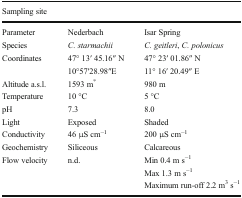
<table><thead><tr><td colspan="3"><b>Sampling site</b></td></tr></thead><tbody><tr><td>Parameter</td><td>Nederbach</td><td>Isar Spring</td></tr><tr><td>Species</td><td><i>C. starmachii</i></td><td><i>C. geitleri</i>, <i>C. polonicus</i></td></tr><tr><td>Coordinates</td><td>47° 13′ 45.16′′ N</td><td>47° 23′ 01.86′′ N</td></tr><tr><td></td><td>10°57′28.98′′E</td><td>11° 16′ 20.49′′ E</td></tr><tr><td>Altitude a.s.l.</td><td>1593 m<sup>*</sup></td><td>980 m</td></tr><tr><td>Temperature</td><td>10 °C</td><td>5 °C</td></tr><tr><td>pH</td><td>7.3</td><td>8.0</td></tr><tr><td>Light</td><td>Exposed</td><td>Shaded</td></tr><tr><td>Conductivity</td><td>46 μS cm<sup>−1</sup></td><td>200 μS cm<sup>−1</sup></td></tr><tr><td>Geochemistry</td><td>Siliceous</td><td>Calcareous</td></tr><tr><td>Flow velocity</td><td>n.d.</td><td>Min 0.4 m s<sup>−1</sup></td></tr><tr><td></td><td></td><td>Max 1.3 m s<sup>−1</sup></td></tr><tr><td></td><td></td><td>Maximum run-off 2.2 m<sup>3</sup> s<sup>−1</sup></td></tr></tbody></table>